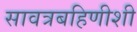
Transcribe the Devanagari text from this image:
सावत्रबहिणीशी